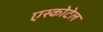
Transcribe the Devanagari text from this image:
एस्कोटेल